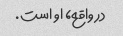
در واقع، او است.